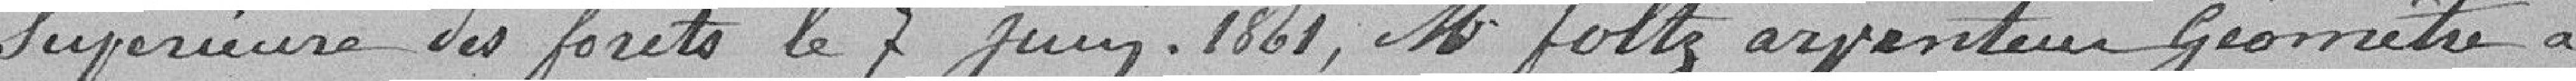
supérieure des forêts le 7 juin 1861, Monsieur Foltz arpenteur géomètre à